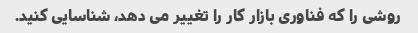
روشی را که فناوری بازار کار را تغییر می دهد، شناسایی کنید.